Sketch of the medical history of the native army of Bombay, for the year
Year: 1876
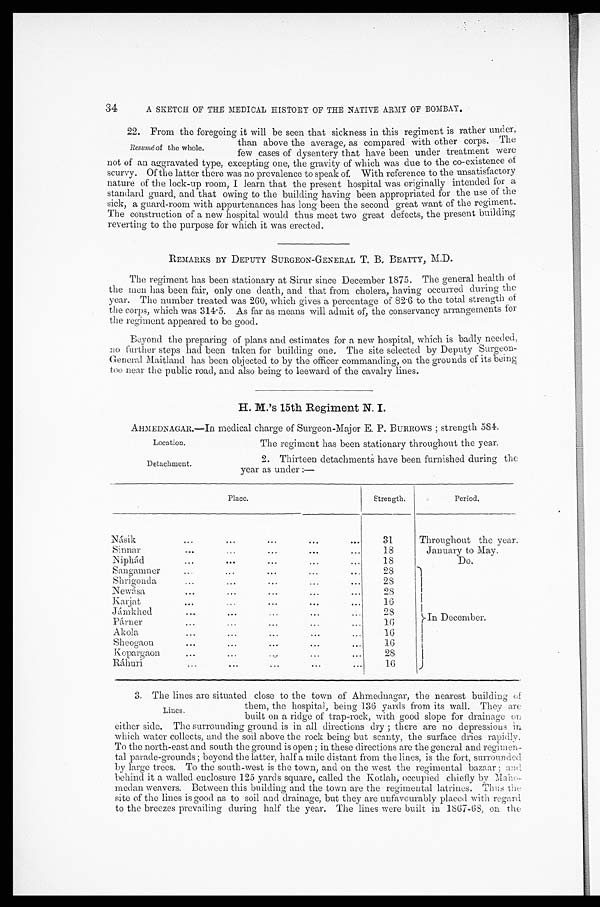
Location.
Detachment.
34
A SKETCH OF THE MEDICAL HISTORY OF THE NATIVE ARMY OF BOMBAY.
22. From the foregoing it will be seen that sickness in this regiment is rather under,
than above the average, as compared with other corps. The
few cases of dysentery that have been under treatment were
not of an aggravated type, excepting one, the gravity of which was due to the co-existence of
scurvy. Of the latter there was no prevalence to speak of. With reference to the unsatisfactory
nature of the lock-up room, I learn that the present hospital was originally intended for a
standard guard, and that owing to the building having been appropriated for the use of the
sick, a guard-room with appurtenances has long been the second great want of the regiment.
The construction of a new hospital would thus meet two great defects, the present building
reverting to the purpose for which it was erected.
REMARKS BY DEPUTY SURGEON-GENERAL T. B. BEATTY, M.D.
The regiment has been stationary at Sirur since December 1875. The general health of
the men has been fair, only one death, and that from cholera, having occurred during the
year. The number treated was 260, which gives a percentage of 82. 6 to the total strength of
the corps, which was 314 . 5. As far as means will admit of, the conservancy arrangements for
the regiment appeared to be good.
Beyond the preparing of plans and estimates for a new hospital, which is badly needed,
no further steps had been taken for building one. The site selected by Deputy Surgeon-
General Maitland has been objected to by the officer commanding, on the grounds of its being
too near the public road, and also being to leeward of the cavalry lines.
H. M..'s 15th Regiment N. I.
AHMEDNAGAR.—In medical charge of Surgeon-Major E. P. BURROWS strength 584.
Resumé, of the whole.
The regiment has been stationary throughout the year.
2. Thirteen detachments have been furnished during the
year as under :—
Place.
Strength.
Period.
Násik
. . .
. . .
. . .
. . .
. . .
31
Throughout the year.
Sinnar
. . .
. . .
. . .
. . .
. . .
18
January to May.
Niphád
. . .
. . .
. . .
. . .
. . .
18
Do.
Sangamner
. . .
. . .
. . .
. . .
. . .
28
In December.
Shrigonda
. . .
. . .
. . .
. . .
. . . 28
Newása
. . .
. . .
. . .
. . .
. . .
2 8
Karjat
. . .
. . .
. . .
. . .
. . .
16
Jámkhed
. . .
. . .
. . .
. . .
. . .
28
Párner
. . .
. . .
. . .
. . .
. . .
1 6
Akola
. . .
. . .
. . .
. . .
. . .
16
Sheogaon
. . .
. . .
. . .
. . .
. . .
16
Kopargaon
. . .
. . .
. . .
. . .
. . .
28
Ráhuri
. . .
. . . . . .
. . .
. . .
16
3. The lines are situated close to the town of Ahmednagar, the nearest building of
them, the hospital, being 136 yards from its wall. They are
built on a ridge of trap-rock, with good slope for drainage on
either side. The surrounding ground is in all directions dry ; there are no depressions in
which water collects, and the soil above the rock being but scanty, the surface dries rapidly.
To the north-east and south the ground is open ; in these directions are the general and regimen-
tal parade-grounds; beyond the latter, half a mile distant from the lines, is the fort, surrounded
by large trees. To the south-west is the town, and on the west the regimental bazaar ; and
behind it a walled enclosure 125 yards square, called the Kotlah, occupied chiefly by Maho-
medan weavers. Between this building and the town are tine regimental latrines. Thus the
site of the lines is good as to soil and drainage, but they are unfavourably placed with regard
to the breezes prevailing during half the year. The lines were built in 1867-68, on the
Lines.